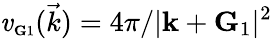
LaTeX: \mathit{v}_{\scriptscriptstyle\mathbf{G}1}(\vec{{k}})={4\pi}/{|\mathbf{k}+\mathbf{G}_{1}|^{2}}